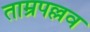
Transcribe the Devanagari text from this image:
ताम्रपल्लव